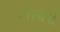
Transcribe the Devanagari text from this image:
आयस्